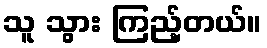
သူ သွား ကြည့်တယ်။